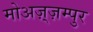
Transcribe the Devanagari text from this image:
मोअज़्ज़म्पुर